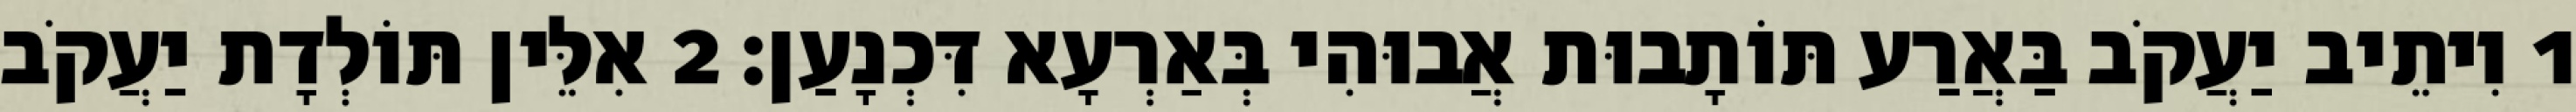
1 וִיתֵיב יַעֲקֹב בַּאֲרַע תּוֹתָבוּת אֲבוּהִי בְּאַרְעָא דִּכְנָעַן׃ 2 אִלֵּין תּוֹלְדָת יַעֲקֹב